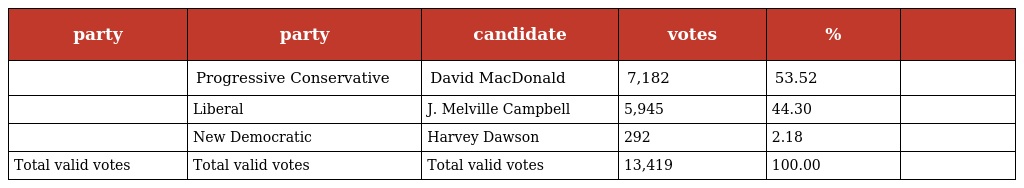
| party | party | candidate | votes | % |  |
 | --- | --- | --- | --- | --- | --- |
 |  | Progressive Conservative | David MacDonald | 7,182 | 53.52 |  |
 |  | Liberal | J. Melville Campbell | 5,945 | 44.30 |  |
 |  | New Democratic | Harvey Dawson | 292 | 2.18 |  |
 | Total valid votes | Total valid votes | Total valid votes | 13,419 | 100.00 |  |